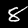
Digit: 8